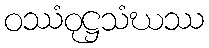
ဝဿံဝုဋ္ဌသံဃဿ